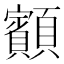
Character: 顮